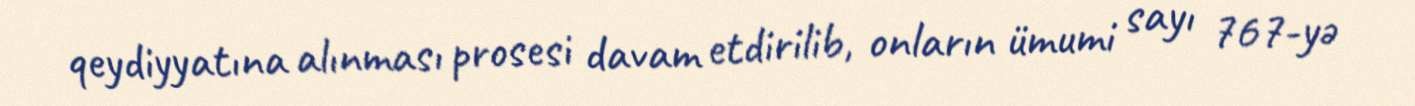
qeydiyyatına alınması prosesi davam etdirilib, onların ümumi sayı 767-yə